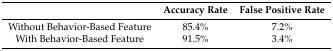
<table><thead><tr><td></td><td><b>Accuracy Rate</b></td><td><b>False Positive Rate</b></td></tr></thead><tbody><tr><td>Without Behavior-Based Feature</td><td>85.4%</td><td>7.2%</td></tr><tr><td>With Behavior-Based Feature</td><td>91.5%</td><td>3.4%</td></tr></tbody></table>